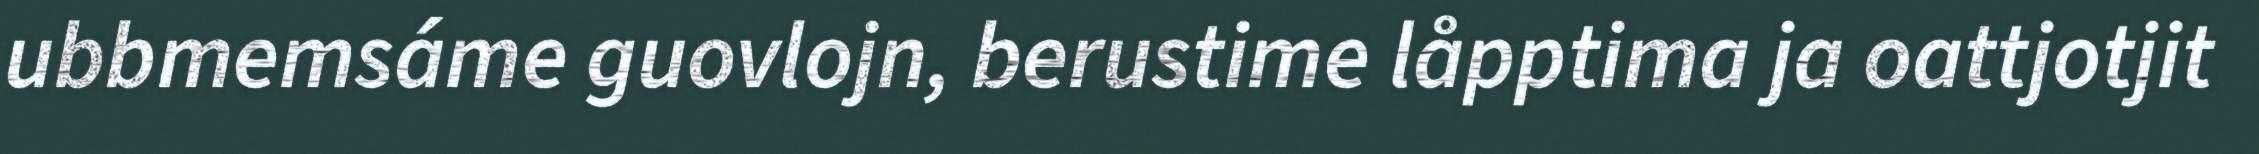
ubbmemsáme guovlojn, berustime låpptima ja oattjotjit